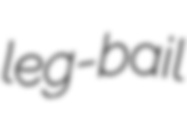
leg-bail